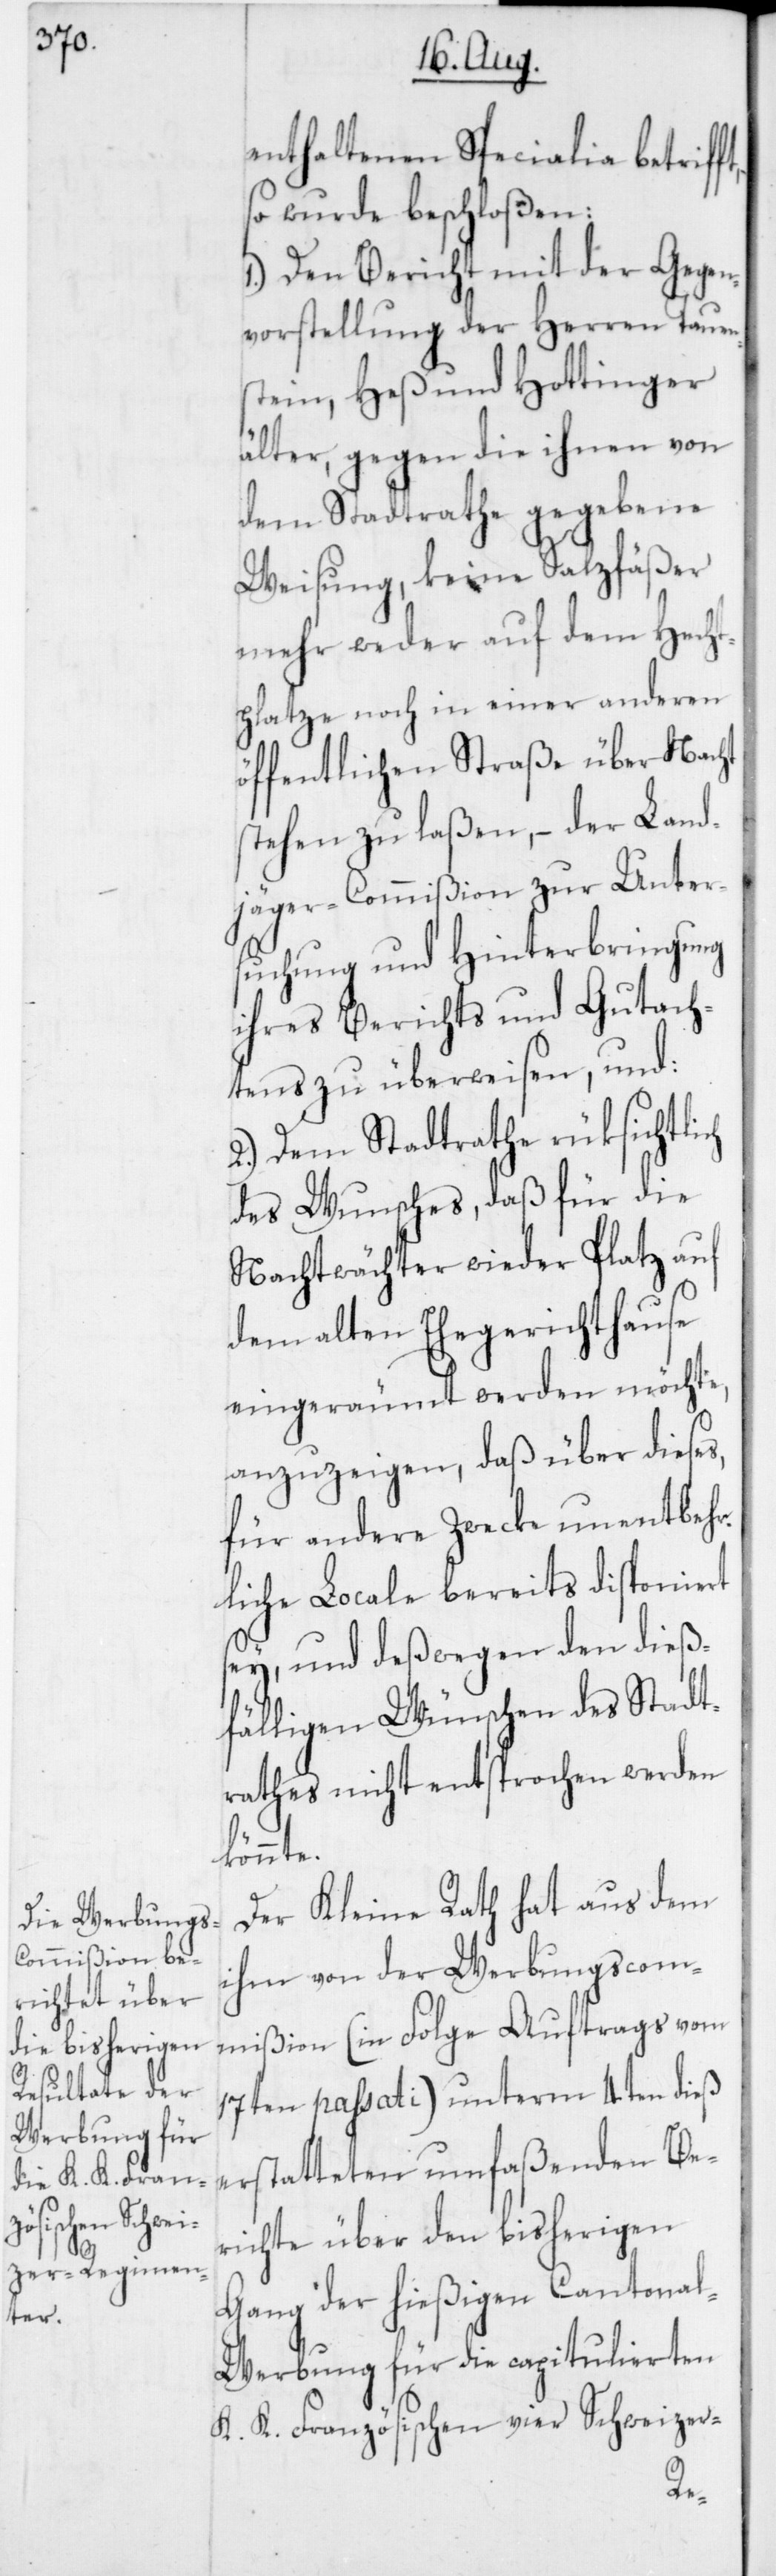
ch

enthaltenen Specialia betrif¬
so wurde beschloßen:
1. Den Bericht mit der Gegen¬
vorstellung der Herren Tauen¬
stein, Heß und Hottinger
älter, gegen die ihnen von
dem Stadtrathe gegebene
Weisung, keine Salzfäßer
mehr weder auf dem Hec¬
htplatze noch in einer anderen
öffentlichen Straße über Nacht
stehen zu laßen, – der Land¬
jäger-Commißion zur Unter¬
suchung und Hinterbringung
ihres Berichts und Gutac¬
htens zu überweisen, und:
2. Dem Stadtrathe rüksichtli¬
des Wunsches, daß für die
Nachtwächter wieder Platz auf
dem alten Ehegerichthause
eingeräumt werden möchte,
anzuzeigen, daß über dieses,
für andere Zwecke unentbeh¬
rliche Locale bereits disponiert
sey, und deßwegen den dieß¬
fälligen Wünschen des Stadt¬
rathes nicht entsprochen werden
könnte.
Der Kleine Rath hat aus dem
ihm von der Werbungscom¬
mißion (in Folge Auftrags vom
17ten passati) unterm 4ten dieß
erstatteten umfaßenden Be¬
richte über den bisherigen
Gang der hießigen Cantona¬
l-Werbung für die capitulierten
K. K. Französischen vier Schweizer-